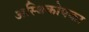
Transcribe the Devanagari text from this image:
अस्थिकोपका